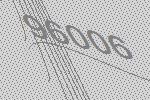
96006